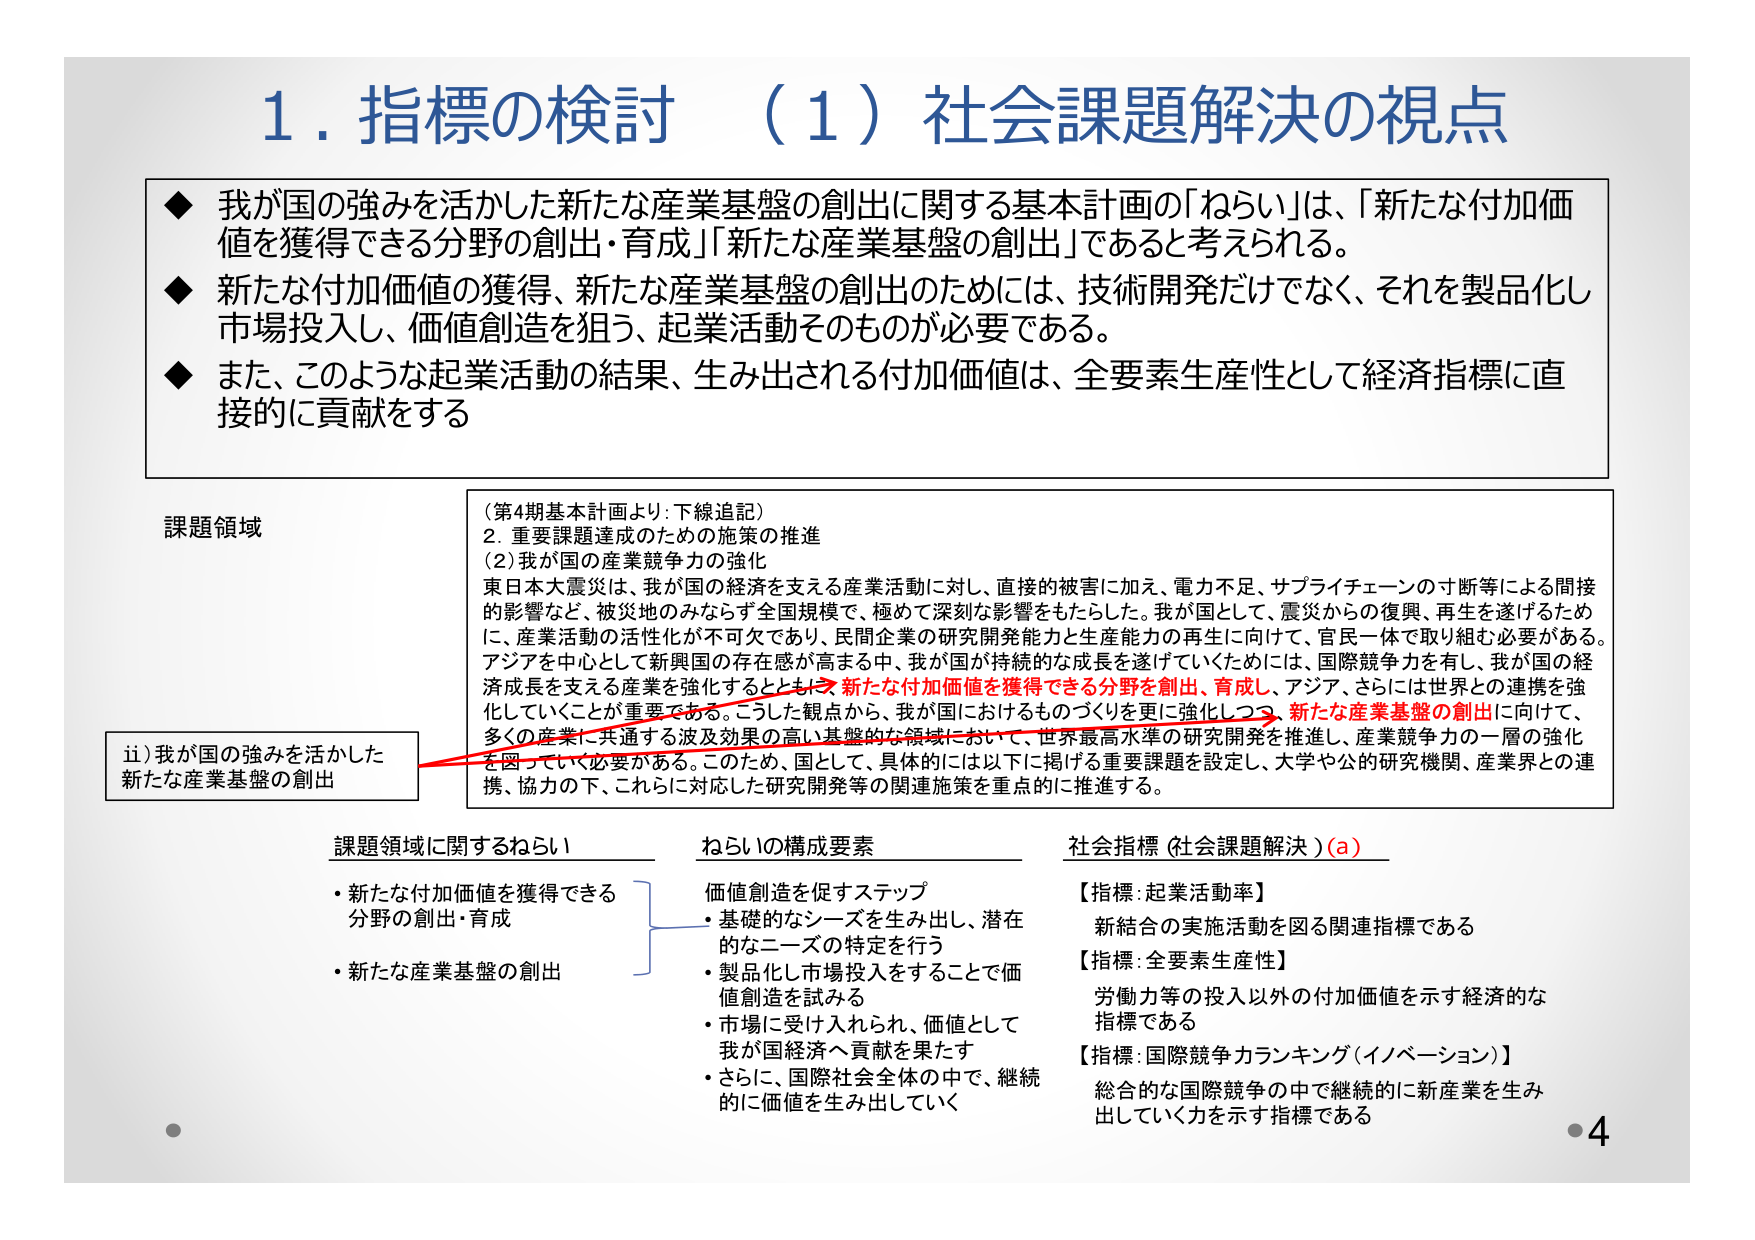
1. 指標の検討 （1）社会課題解決の視点

◆ 我が国の強みを活かした新たな産業基盤の創出に関する基本計画の「ねらい」は、「新たな付加価値を獲得できる分野の創出・育成」「新たな産業基盤の創出」であると考えられる。

◆ 新たな付加価値の獲得、新たな産業基盤の創出のためには、技術開発だけでなく、それを製品化し市場投入し、価値創造を狙う、起業活動そのものが必要である。

◆ また、このような起業活動の結果、生み出される付加価値は、全要素生産性として経済指標に直接的に貢献をする

課題領域

（第4期基本計画より：下線追記）
2. 重要課題達成のための施策の推進
（2）我が国の産業競争力の強化
東日本大震災は、我が国の経済を支える産業活動に対し、直接的被害に加え、電力不足、サプライチェーンの寸断等による間接的影響など、被災地のみならず全国規模で、極めて深刻な影響をもたらした。我が国として、震災からの復興、再生を遂げるために、産業活動の活性化が不可欠であり、民間企業の研究開発能力と生産能力の再生に向けて、官民一体で取り組む必要がある。アジアを中心として新興国の存在感が高まる中、我が国が持続的な成長を遂げていくためには、国際競争力を有し、我が国の経済成長を支える産業を強化するとともに、新たな付加価値を獲得できる分野を創出、育成し、アジア、さらには世界との連携を強化していくことが重要である。こうした観点から、我が国におけるものづくりを更に強化しつつ、新たな産業基盤の創出に向けて、多くの産業に共通する波及効果の高い基盤的な領域において、世界最高水準の研究開発を推進し、産業競争力の一層の強化を図っていく必要がある。このため、国として、具体的には以下に掲げる重要課題を設定し、大学や公的研究機関、産業界との連携、協力の下、これに対応した研究開発等の関連施策を重点的に推進する。

ii）我が国の強みを活かした新たな産業基盤の創出

課題領域に関するねらい
・新たな付加価値を獲得できる分野の創出・育成
・新たな産業基盤の創出

ねらいの構成要素
価値創造を促すステップ
・基礎的なシーズを生み出し、潜在的なニーズの特定を行う
・製品化し市場投入をすることで価値創造を試みる
・市場に受け入れられ、価値として我が国経済へ貢献を果たす
・さらに、国際社会全体の中で、継続的に価値を生み出していく

社会指標（社会課題解決）（a）
【指標：起業活動率】
新結合の実施活動を図る関連指標である
【指標：全要素生産性】
労働力等の投入以外の付加価値を示す経済的な指標である
【指標：国際競争力ランキング（イノベーション）】
総合的な国際競争の中で継続的に新産業を生み出していく力を示す指標である

・4